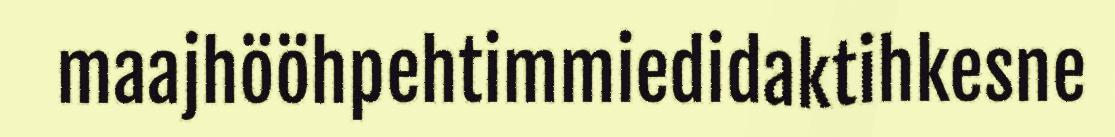
maajhööhpehtimmiedidaktihkesne